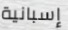
إسبانية